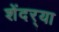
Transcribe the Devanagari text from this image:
शेंदर्‍या